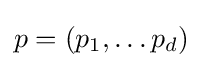
p=(p_{1},\ldots p_{d})